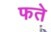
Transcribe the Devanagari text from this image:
फते